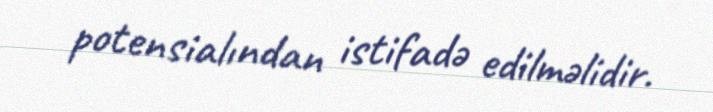
potensialından istifadə edilməlidir.